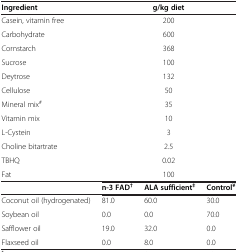
<table><thead><tr><td><b>Ingredient</b></td><td colspan="3"><b>g/kg diet</b></td></tr></thead><tbody><tr><td>Casein, vitamin free</td><td colspan="3">200</td></tr><tr><td>Carbohydrate</td><td colspan="3">600</td></tr><tr><td>Cornstarch</td><td colspan="3">368</td></tr><tr><td>Sucrose</td><td colspan="3">100</td></tr><tr><td>Deytrose</td><td colspan="3">132</td></tr><tr><td>Cellulose</td><td colspan="3">50</td></tr><tr><td>Mineral mix<sup>#</sup></td><td colspan="3">35</td></tr><tr><td>Vitamin mix</td><td colspan="3">10</td></tr><tr><td>L-Cystein</td><td colspan="3">3</td></tr><tr><td>Choline bitartrate</td><td colspan="3">2.5</td></tr><tr><td>TBHQ</td><td colspan="3">0.02</td></tr><tr><td>Fat</td><td colspan="3">100</td></tr><tr><td> </td><td><b>n-3 FAD</b><sup><b>†</b></sup></td><td><b>ALA sufficient</b><sup><b>‡</b></sup></td><td><b>Control</b><sup><b>¥</b></sup></td></tr><tr><td>Coconut oil (hydrogenated)</td><td>81.0</td><td>60.0</td><td>30.0</td></tr><tr><td>Soybean oil</td><td>0.0</td><td>0.0</td><td>70.0</td></tr><tr><td>Safflower oil</td><td>19.0</td><td>32.0</td><td>0.0</td></tr><tr><td>Flaxseed oil</td><td>0.0</td><td>8.0</td><td>0.0</td></tr></tbody></table>